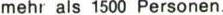
mehr als 1500 Personen